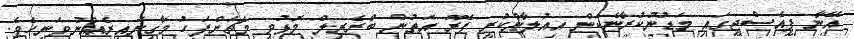
އޭނާ ޕީއެސްޖީގައި މަޑުނުކުރާނެކަން އިއުލާންކުރީ ޕެރޫ އަތުން ބްރެޒިލް މޮޅުވި މެޗަށްފަހު މާގިނައިރެއްނުވަނީހެވެ.